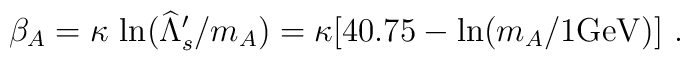
\beta_A = \kappa\, \ln (\widehat \Lambda'_s/m_A) = \kappa [40.75 - \ln  (m_A/1\rm {GeV})]\ .